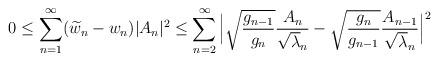
LaTeX: \begin{align*}{}0& \leq\displaystyle\sum_{n=1}^{\infty}(\widetilde{w}_{n}-w_{n})|A_{n}|^{2}\leq\displaystyle\sum_{n=2}^{\infty}\Big|\sqrt{ \frac{g_{n-1}}{g_{n}}}\frac{A_{n}}{\sqrt\lambda_{n}}-\sqrt{\frac{g_{n}}{g_{n-1}}}\frac{A_{n-1}}{\sqrt\lambda_{n}}\Big|^{2}\end{align*}